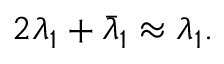
2 \lambda _ { 1 } + \bar { \lambda } _ { 1 } \approx \lambda _ { 1 } .